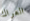
العراك